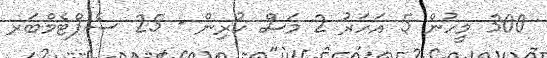
300 މީހުން 5 އަހަރު 2 މަސް ކުރިން - 25 ސެޕްޓެމްބަރ